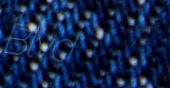
Blvd